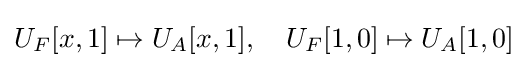
U_{F}[x,1]\mapsto U_{A}[x,1],\quad U_{F}[1,0]\mapsto U_{A}[1,0]